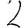
Digit: 2